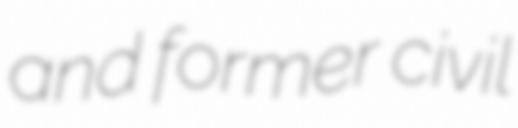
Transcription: and former civil